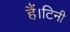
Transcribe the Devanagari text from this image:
हैं।टिनी